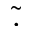
\Tilde { . }